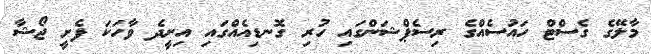
މާލޭގެ ގެސްޓް ހައުސެއްގެ ރިސެޕްޝަންގައި ހުރި ގޮނޑިއެއްގައި އިށީދެ ވާހަކަ ފެށީ ޖޯޝާ